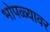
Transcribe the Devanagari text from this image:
भोपळ्यावर